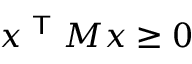
x ^ { \textsf { T } } M x \geq 0